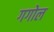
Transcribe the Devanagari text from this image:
गगोल